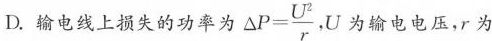
D.输电线上损失的功率为 $$△ P = \frac { U ^ { 2 } } { r }$$,U为输电电压，r为